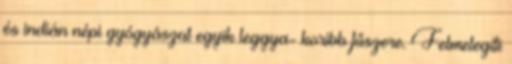
és indián népi gyógyászat egyik leggya- koribb fűszere. Felmelegíti